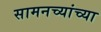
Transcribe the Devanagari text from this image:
सामनच्यांच्या